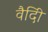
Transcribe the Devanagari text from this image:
वैदीि